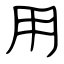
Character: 用